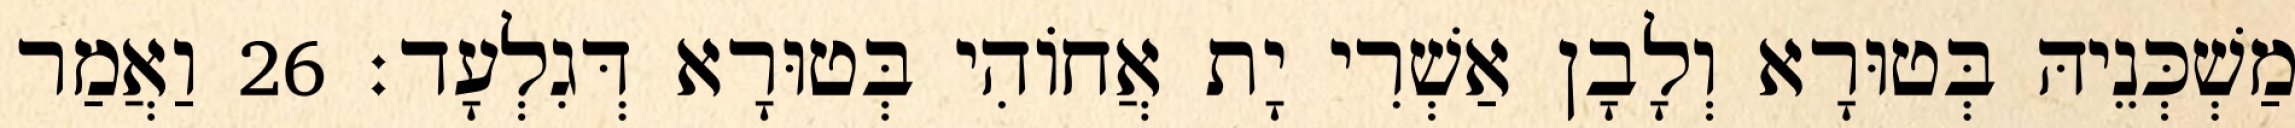
מַשְׁכְּנֵיהּ בְּטוּרָא וְלָבָן אַשְׁרִי יָת אֲחוֹהִי בְּטוּרָא דְּגִלְעָד׃ 26 וַאֲמַר